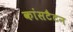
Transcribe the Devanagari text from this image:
कांसटैटन